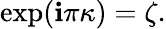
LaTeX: \exp(\mathbf{i}\pi\kappa)=\zeta.